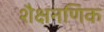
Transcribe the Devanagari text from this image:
शैक्षनणिक